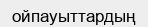
ойпауыттардың